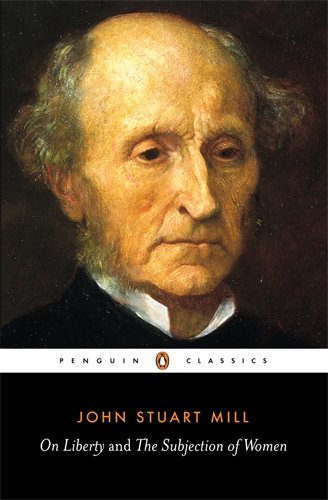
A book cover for On Liberty and the Subjection of Women (Penguin Classics); John Stuart Mill; Politics & Social Sciences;